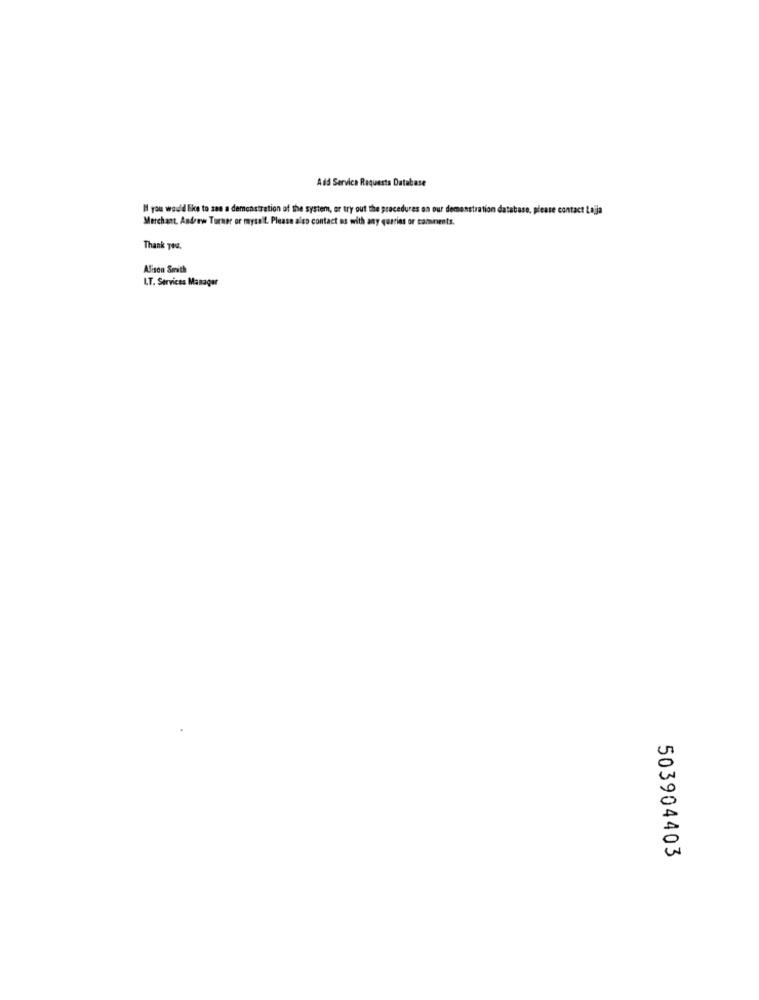
Add Servica Requests Database
Il you would like to san a demonstration of the system, or try out the procedures on our demonstration database, please contact Loja
Merchant, Andrew Turner or myself. Please also contact as with any queries or camments.
Thank you.
Alison Smith
LT. Services Manager
503904403